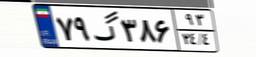
۷۳گ۰۰۲۷۲